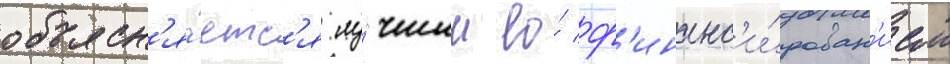
объясн'я́етс'я лу́чшим ео́ ф'инанс'и́рован'ием